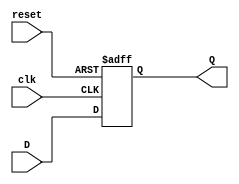
`timescale 1ns / 1ps
/*************************************************************************************
*	File Name: 
*	Project:		Shift Register
*	Designer:	Liam Gogley
*	Rev. Date:	2016-02-06
*
*	Purpose:
*
*	Notes:
*************************************************************************************/
module d_ff( clk, reset, D, Q );
	input D, clk, reset;
	output reg Q;
	
	always@(posedge clk or posedge reset)
	begin
		if (reset == 1'b1)
				Q <= 1'b0;
		else
				Q <= D;
	end
endmodule